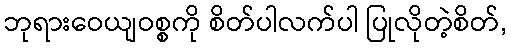
ဘုရားဝေယျဝစ္စကို စိတ်ပါလက်ပါ ပြုလိုတဲ့စိတ်,